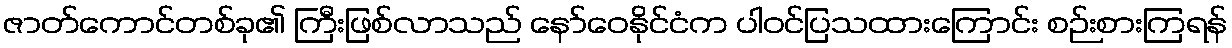
ဇာတ်ကောင်တစ်ခု၏ ကြီးဖြစ်လာသည် နော်ဝေနိုင်ငံက ပါဝင်ပြသထားကြောင်း စဉ်းစားကြရန်